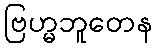
ဗြဟ္မဘူတေန